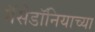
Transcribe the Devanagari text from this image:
मॅसेडॉनियाच्या